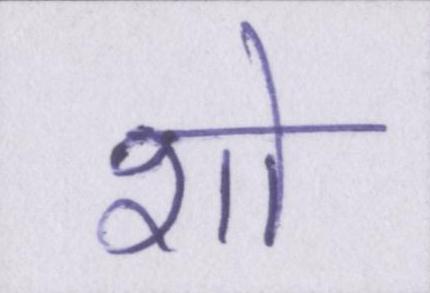
शो